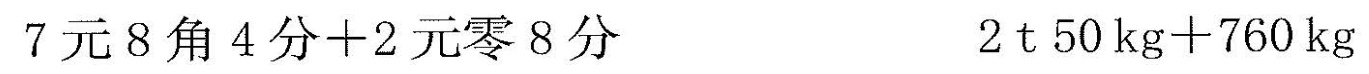
$$7 元 8 角 4 分 + 2 元 零 8 分$$ $$2 t 5 0 k g + 7 6 0 k g$$